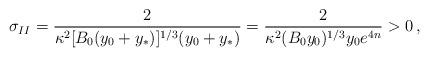
LaTeX: \begin{align*}\sigma_{II} ={2 \over \kappa^2[B_0(y_0+y_*)]^{1/3}(y_0+y_*)}={2\over \kappa^2(B_0y_0)^{1/3}y_0e^{4n}} >0\,,\end{align*}